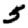
Digit: 5